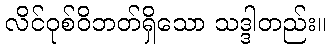
လိင်ဝုစ်ဝိဘတ်ရှိသော သဒ္ဒါတည်း။